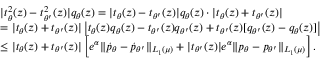
\begin{array} { r l } & { | t _ { \theta } ^ { 2 } ( z ) - t _ { \theta ^ { \prime } } ^ { 2 } ( z ) | { q } _ { \theta } ( z ) = | t _ { \theta } ( z ) - t _ { \theta ^ { \prime } } ( z ) | { q } _ { \theta } ( z ) \cdot | t _ { \theta } ( z ) + t _ { \theta ^ { \prime } } ( z ) | } \\ & { = | t _ { \theta } ( z ) + t _ { \theta ^ { \prime } } ( z ) | \left| t _ { \theta } ( z ) { q } _ { \theta } ( z ) - t _ { \theta ^ { \prime } } ( z ) { q } _ { \theta ^ { \prime } } ( z ) + t _ { \theta ^ { \prime } } ( z ) [ { q } _ { \theta ^ { \prime } } ( z ) - { q } _ { \theta } ( z ) ] \right| } \\ & { \le | t _ { \theta } ( z ) + t _ { \theta ^ { \prime } } ( z ) | \left[ e ^ { \alpha } \| \dot { p } _ { \theta } - \dot { p } _ { \theta ^ { \prime } } \| _ { L _ { 1 } ( \mu ) } + | t _ { \theta ^ { \prime } } ( z ) | e ^ { \alpha } \| { p } _ { \theta } - { p } _ { \theta ^ { \prime } } \| _ { L _ { 1 } ( \mu ) } \right] . } \end{array}